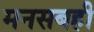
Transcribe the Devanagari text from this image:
मनसबही